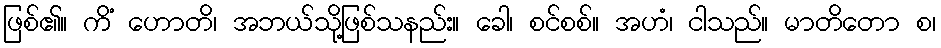
ဖြစ်၏။ ကိံ ဟောတိ၊ အဘယ်သို့ဖြစ်သနည်း။ ခေါ၊ စင်စစ်။ အဟံ၊ ငါသည်။ မာတိတော စ၊